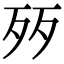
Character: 㱛